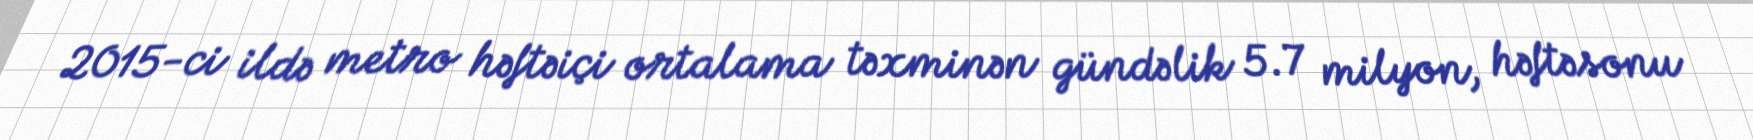
2015-ci ildə metro həftəiçi ortalama təxminən gündəlik 5.7 milyon, həftəsonu